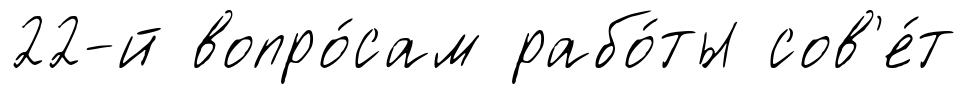
22-й вопро́сам рабо́ты сов'е́т